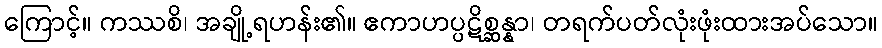
ကြောင့်။ ကဿစိ၊ အချို့ရဟန်း၏။ ဧကာဟပ္ပဋိစ္ဆန္နာ၊ တရက်ပတ်လုံးဖုံးထားအပ်သော။